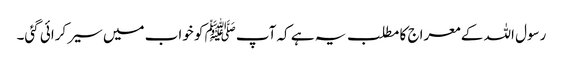
رسول اللہ کے معراج کا مطلب یہ ہے کہ آپﷺ کو خواب میں سیر کرائی گئی۔